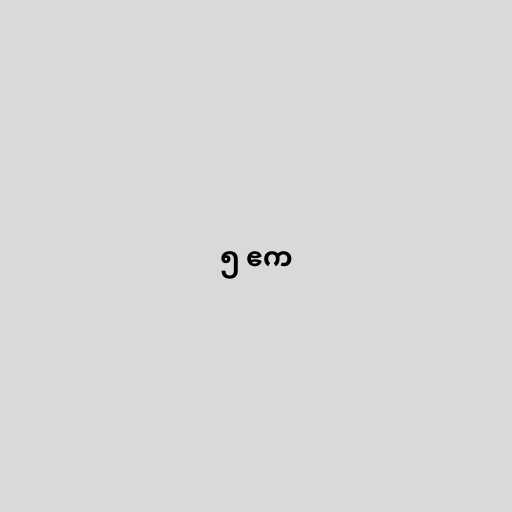
၅ ဧက